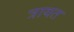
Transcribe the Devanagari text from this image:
त्रायत